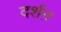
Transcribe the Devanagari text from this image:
दर्शऩ